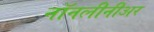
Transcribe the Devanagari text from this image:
नॉनलीनीअर